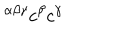
^ { \alpha \beta \gamma } c ^ { \beta } c ^ { \gamma }